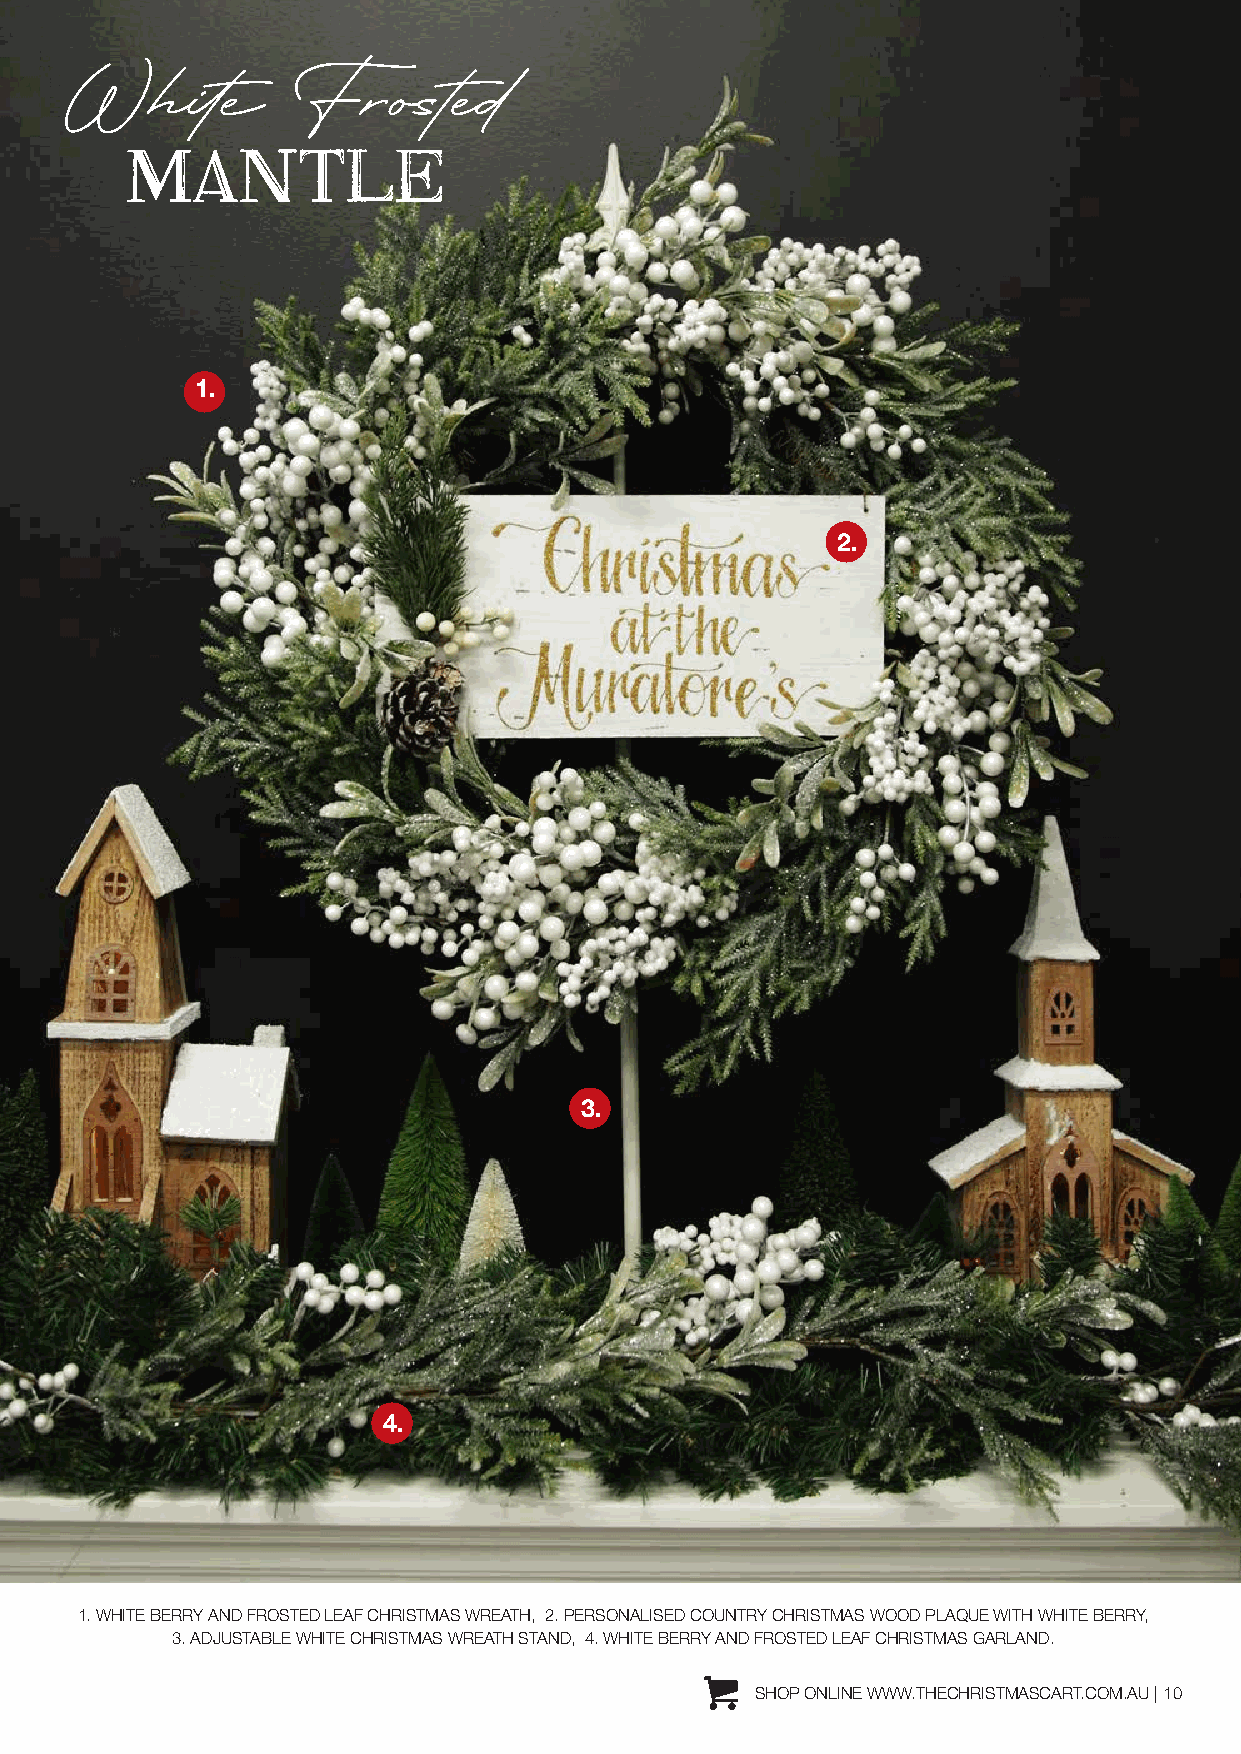
White          Frosted
 MANTLE
 1.
 2.
 3.
 4.
 1. WHITE BERRY AND FROSTED LEAF CHRISTMAS WREATH, 2. PERSONALISED COUNTRY CHRISTMAS WOOD PLAQUE WITH WHITE BERRY,
 3. ADJUSTABLE WHITE CHRISTMAS WREATH STAND, 4. WHITE BERRY AND FROSTED LEAF CHRISTMAS GARLAND.
 SHOP ONLINE WWW.THECHRISTMASCART.COM.AU | 10